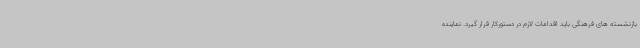
بازنشسته های فرهنگی باید اقدامات لازم در دستورکار قرار گیرد. نماینده